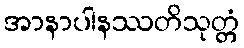
အာနာပါနဿတိသုတ္တံ